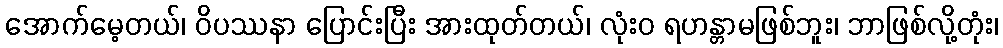
အောက်မေ့တယ်၊ ဝိပဿနာ ပြောင်းပြီး အားထုတ်တယ်၊ လုံးဝ ရဟန္တာမဖြစ်ဘူး၊ ဘာဖြစ်လို့တုံး၊